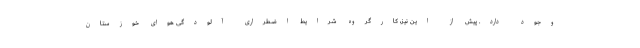
وجود دارد. پیش از این نیز، کارگروه شرایط اضطراری آلودگی هوای خوزستان